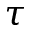
\tau